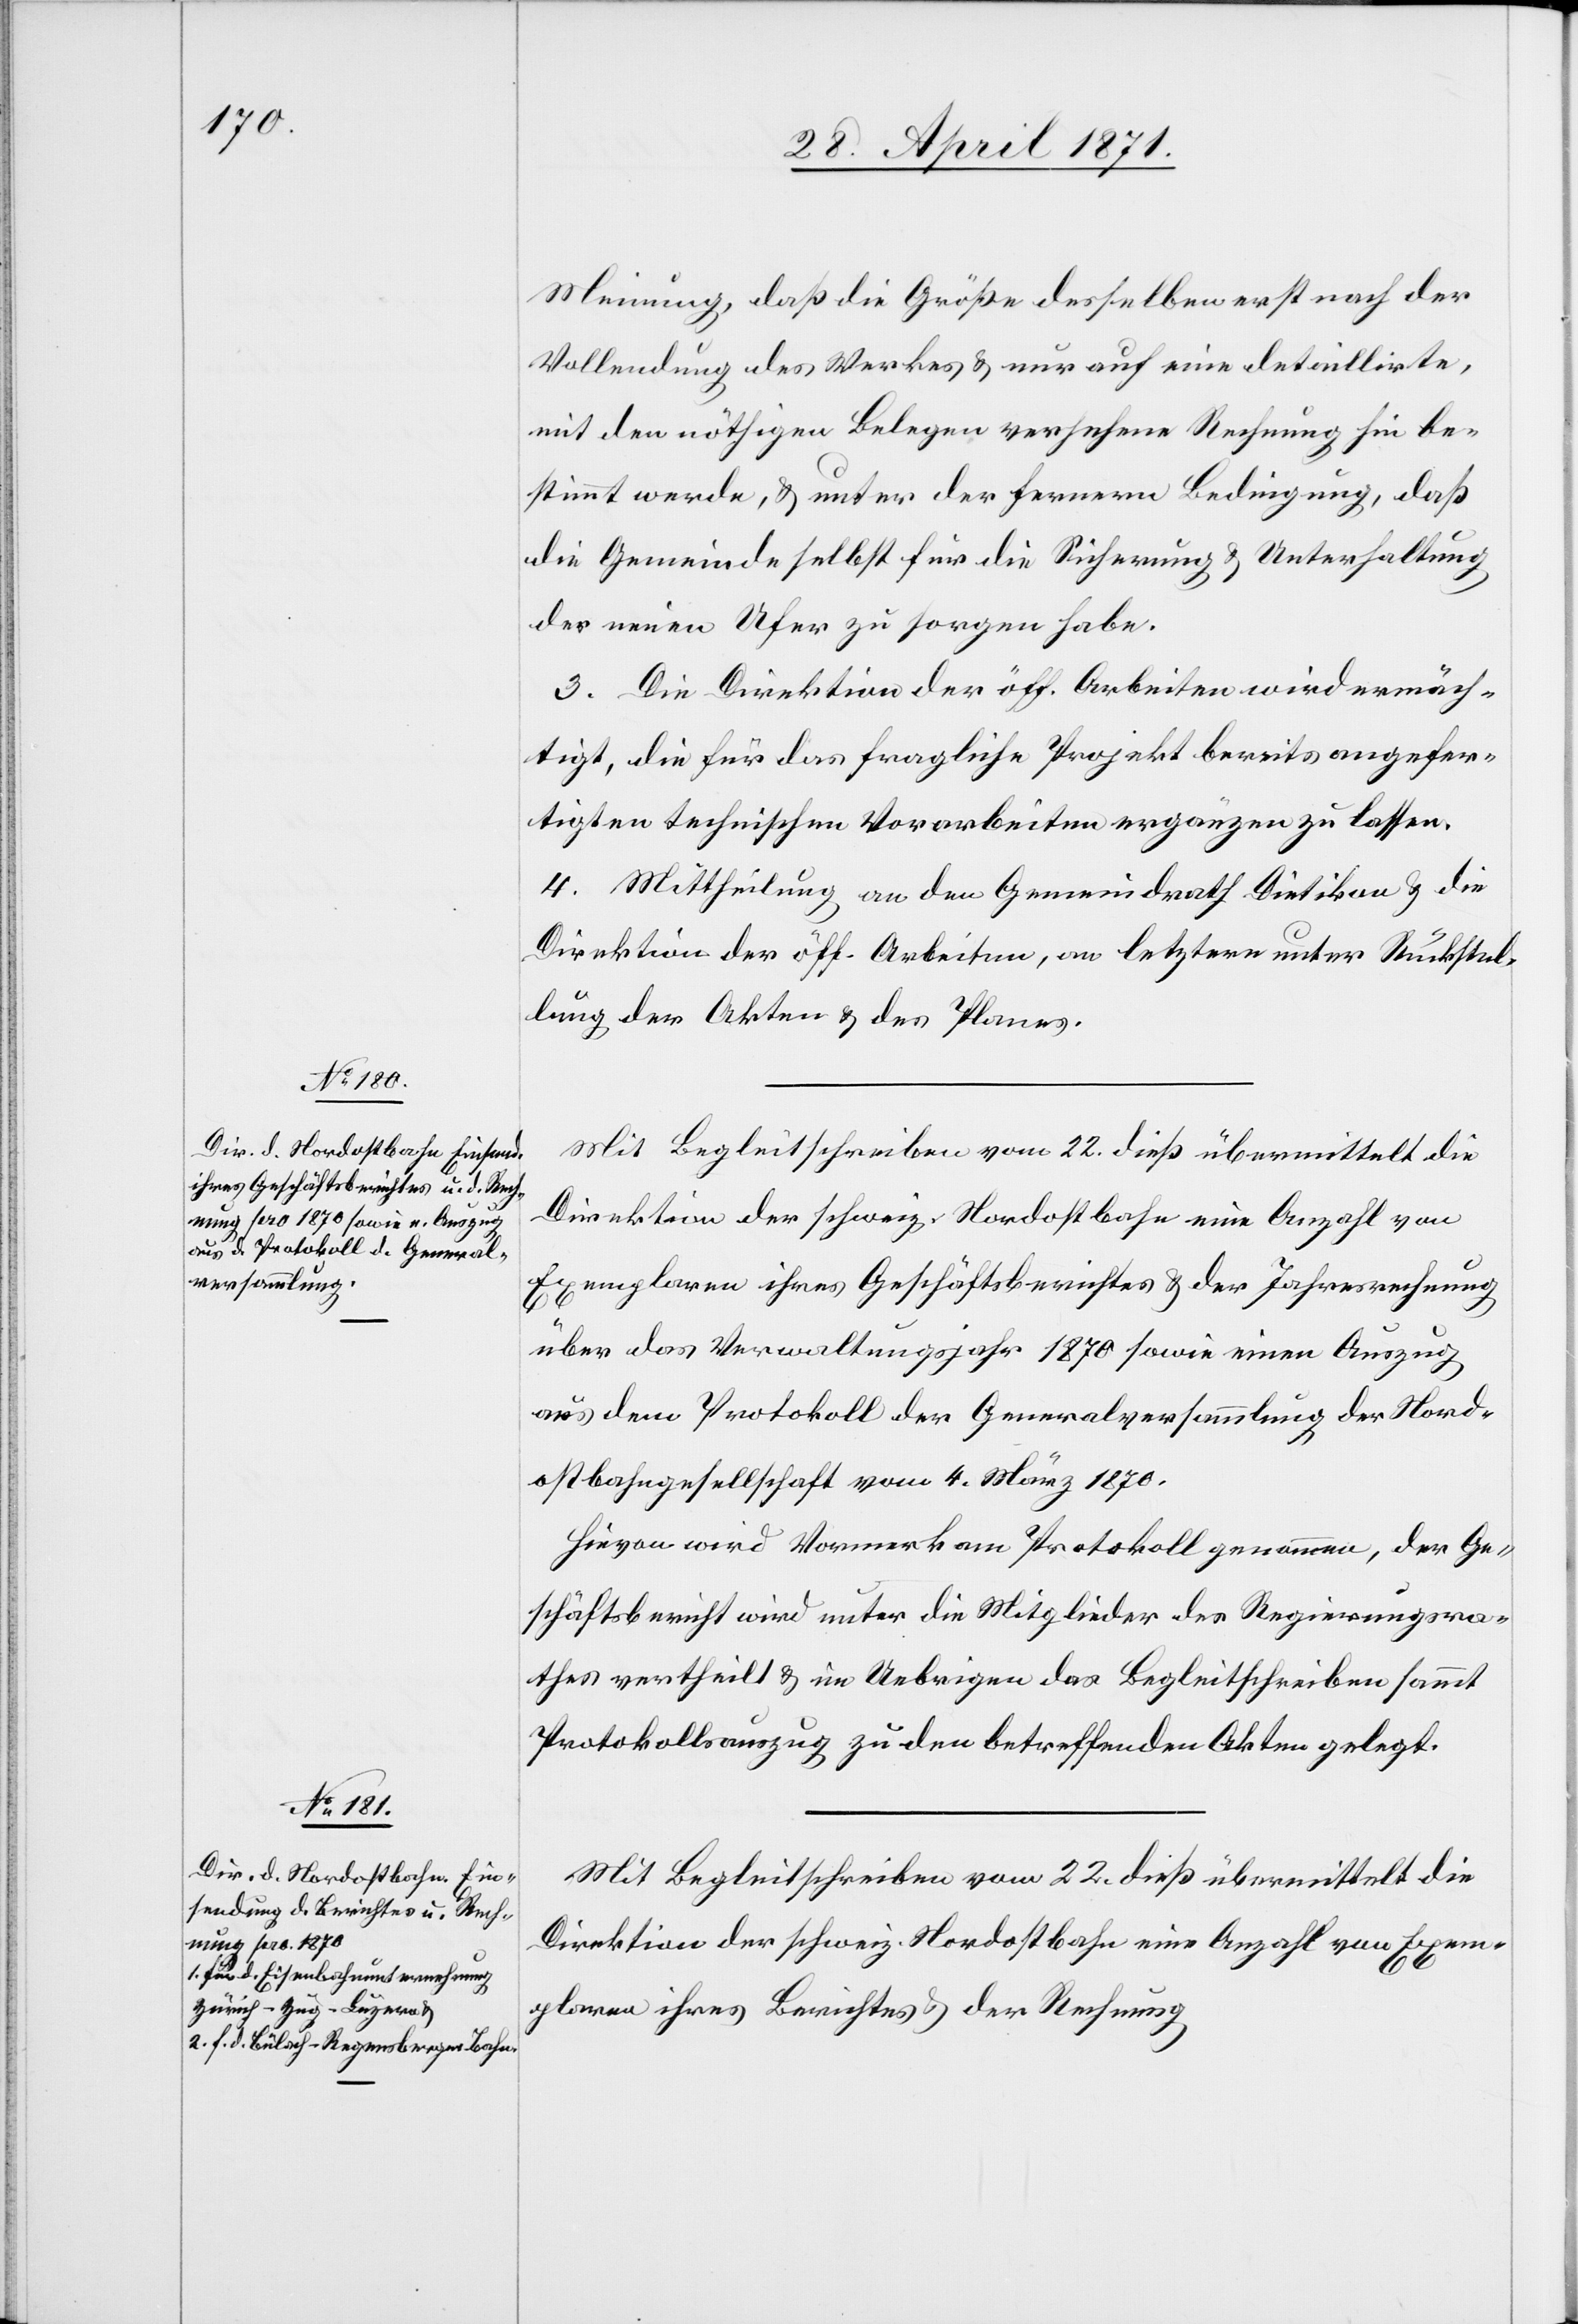
Meinung, daß die Größe desselben erst nach der
Vollendung des Werkes u. nur auf eine detaillirte,
mit den nöthigen Belegen versehene Rechnung hin be¬
stimmt werde, u. unter der fernern Bedingung, daß
die Gemeinde selbst für die Sicherung u. Unterhaltung
der neuen Ufer zu sorgen habe.
3. Die Direktion der öff. Arbeiten wird ermäch¬
tiget, die für das fragliche Projekt bereits angefer¬
tigten technischen Vorarbeiten ergänzen zu lassen.
4. Mittheilung an den Gemeindrath Dietikon u. die
Direktion der öff. Arbeiten, an letztere unter Rückstel¬
lung der Akten u. des Planes.
Mit Begleitschreiben vom 22. dieß übermittelt die
Direktion der schweiz. Nordostbahn eine Anzahl von
Exemplaren ihres Geschäftsberichtes u. der Jahresrechnung
über das Verwaltungsjahr 1870 sowie einen Auszug
aus dem Protokoll der Generalversammlung der Nord¬
ostbahngesellschaft vom 4. März 1870.
Hievon wird Vormerk am Protokoll genommen, der Ge¬
schäftsbericht wird unter die Mitglieder des Regierungsra¬
thes vertheilt u. im Uebrigen das Begleitschreiben sammt
Protokollauszug zu den betreffenden Akten gelegt.
Mit Begleitschreiben vom 22. dieß übermittelt die
Direktion der schweiz. Nordostbahn eine Anzahl von Exem¬
plaren ihres Berichtes u. der Rechnung